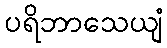
ပရိဘာသေယျံ